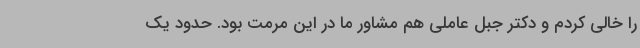
را خالی کردم و دکتر جبل عاملی هم مشاور ما در این مرمت بود. حدود یک